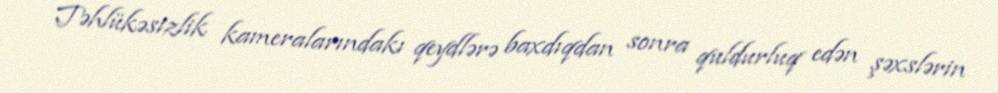
Təhlükəsizlik kameralarındakı qeydlərə baxdıqdan sonra quldurluq edən şəxslərin